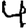
Digit: 4